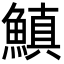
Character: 𩺘